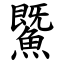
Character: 鱀